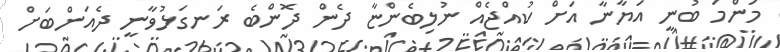
މަންމަ ބުނީ އަޔާނާ އަށް ކުއްޖެއް ނުލިބެންޏާ ދެން ދޮންބެ ރަނގަޅުވާނީ ދެއަންބަށް